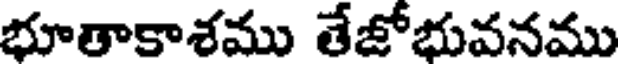
భూతాకాశము తేజోభువనము